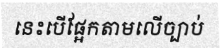
នេះបើផ្អែកតាមលើច្បាប់